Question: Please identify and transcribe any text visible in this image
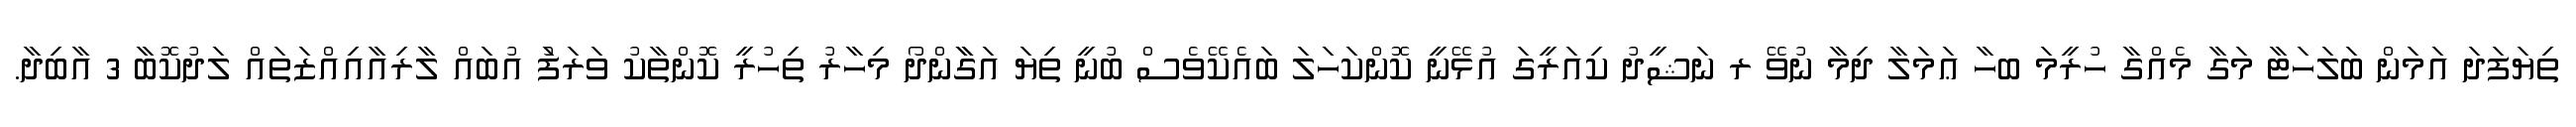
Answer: ތިޔަފަދަ އަމަން ބަލަހަޓާ މަގާ މެއްގާ ހުރީމަ ބހާ ޢަމަލާ ދިމާ ނުވޭ ރ ނަޝީދު ކިއަރީގަ އުޅޭނީ ކޮންކަހަލަ ބައެކޭވެސް ބުނީ ތިޔަ އަގާާންދޯ މިހާރު ތިހުރީ ކޮންތާކު ވަރަފަު އުބައް ލާރިއާއިއްޒަތައް ލަދުކޮބާ 3 އާބިދާ.